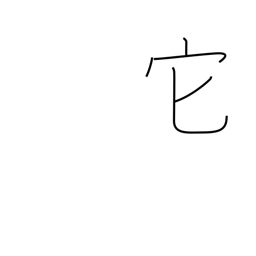
Meaning: other